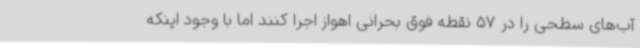
آب‌های سطحی را در 57 نقطه فوق بحرانی اهواز اجرا کنند اما با وجود اینکه